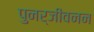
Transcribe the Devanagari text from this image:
पुनर्जीवनन